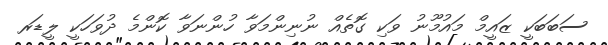
ސަބަބަކީ ޒައީމް މައުމޫނު ވަކި ގޮތެއް ނުނިންމަވާ ހުންނަވާ ކޮންމެ ދުވަހަކީ ލީޑަރ